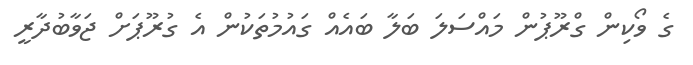
ގެ ވޯކިން ގްރޫޕުން މައްސަލަ ބަލާ ބައެއް ގައުމުތަކުން އެ ގުރޫޕަށް ޖަވާބުދާރީ